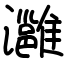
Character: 灉